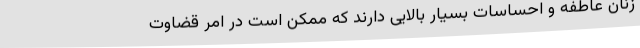
زنان عاطفه و احساسات بسیار بالایی دارند که ممکن است در امر قضاوت